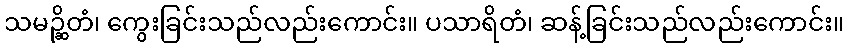
သမဉ္ဆိတံ၊ ကွေးခြင်းသည်လည်းကောင်း။ ပသာရိတံ၊ ဆန့်ခြင်းသည်လည်းကောင်း။